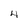
Character: 4